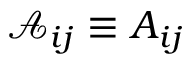
\mathcal { A } _ { i j } \equiv A _ { i j }